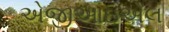
એજીઆઇએલ